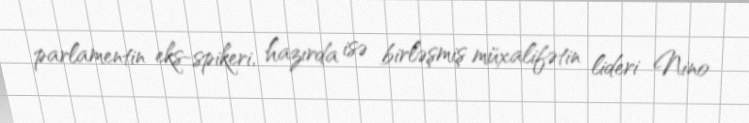
parlamentin eks-spikeri, hazırda isə birləşmiş müxalifətin lideri Nino